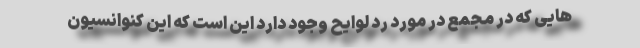
هایی که در مجمع در مورد رد لوایح وجود دارد این است که این کنوانسیون